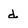
Character: d